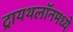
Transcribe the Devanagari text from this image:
ट्रायथलॉनमध्ये